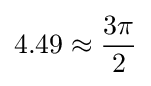
\displaystyle 4.49\approx {\frac {3\pi }{2}}